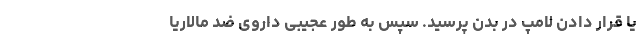
یا قرار دادن لامپ در بدن پرسید. سپس به طور عجیبی داروی ضد مالاریا